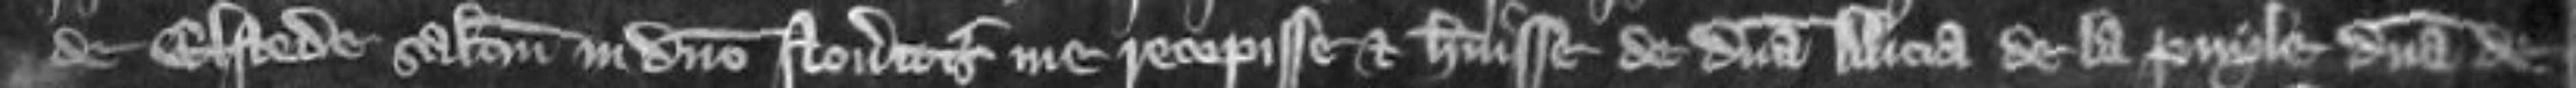
de Elstede salutem in domino Noveritis me recepisse et habuisse de domina Alicia de la Puyle domina de